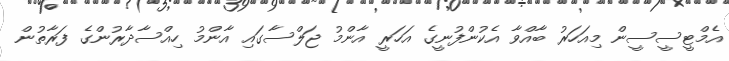
އެމްޓީސީސީން މިއަހަރު ބާއްވާ އެކުންފުނީގެ އަހަރީ އާންމު ޖަލްސާގައި އާންމު ހިއްސާދާރުންގެ ފަރާތުން